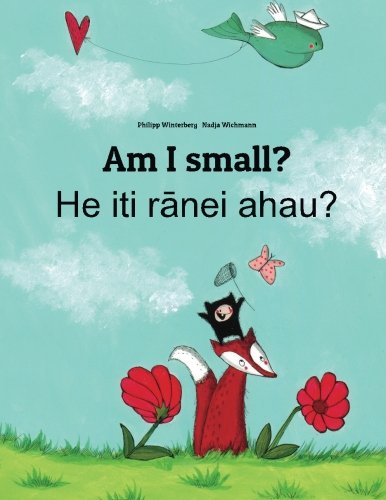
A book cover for Am I small? He iti ranei ahau?: Children's Picture Book English-Maori (Dual Language/Bilingual Edition); Philipp Winterberg; Children's Books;